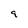
Character: 9